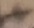
Text: +